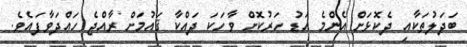
ބަދަލުތަކާއި ދެކޮޅަށް އެންމެ އަޑު ހަރުކޮށް ވާހަކަ ދައްކާ ޤައުމަށް ރާއްޖެ ހައްދަވާފައެވެ.